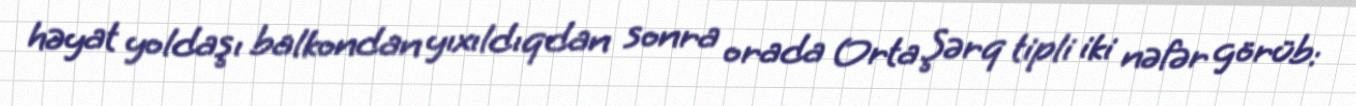
həyat yoldaşı balkondan yıxıldıqdan sonra orada Orta Şərq tipli iki nəfər görüb: